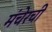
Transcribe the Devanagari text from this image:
मंचेरची